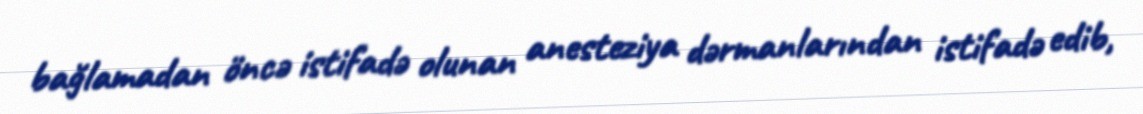
bağlamadan öncə istifadə olunan anesteziya dərmanlarından istifadə edib,